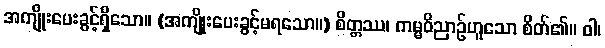
အကျိုးပေးခွင့်ရှိသော။ (အကျိုးပေးခွင့်မရသော။) စိတ္တဿ၊ ကမ္မဝိညာဉ်ဟူသော စိတ်၏။ ဝါ၊